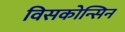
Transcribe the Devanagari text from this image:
विसकोन्सिन